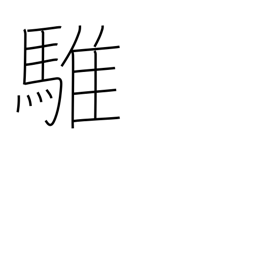
Meaning: grey horse